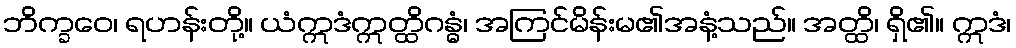
ဘိက္ခဝေ၊ ရဟန်းတို့။ ယံဣဒံဣတ္ထိဂန္ဓံ၊ အကြင်မိန်းမ၏အနံ့သည်။ အတ္ထိ၊ ရှိ၏။ ဣဒံ၊